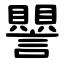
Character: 譻